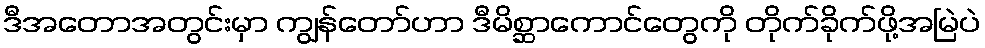
ဒီအတောအတွင်းမှာ ကျွန်တော်ဟာ ဒီမိစ္ဆာကောင်တွေကို တိုက်ခိုက်ဖို့အမြဲပဲ